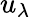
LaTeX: u_{\lambda}